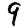
Digit: 9